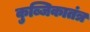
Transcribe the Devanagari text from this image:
कुब्जिकातंत्र